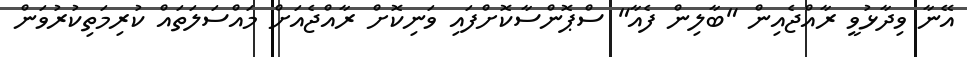
އޭނާ ވިދާޅުވީ ރާއްޖެއިން "ބާލިން ފެއާ" ސްޕޮންސާކޮށްފައި ވަނިކޮށް ރާއްޖެއަށް މައްސަލަތައް ކުރިމަތިކުރުވަން